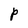
Character: P